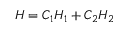
H = C _ { 1 } H _ { 1 } + C _ { 2 } H _ { 2 }